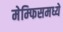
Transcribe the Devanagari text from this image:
मेम्फिसमध्ये